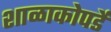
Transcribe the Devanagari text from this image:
शाळाकोपर्डे